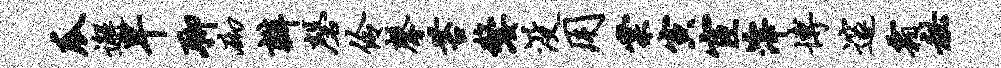
瓜邂早聊砌瓣磬伶馨苔嫠没用棠寅宦滓博邃霜秘